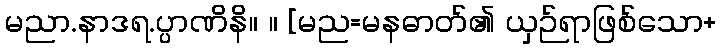
မညာ.နာဒရ.ပ္ပာဏိနိ။ ။ [မည=မနဓာတ်၏ ယှဉ်ရာဖြစ်သော+